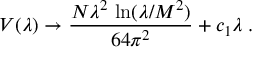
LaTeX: V ( \lambda ) \rightarrow \frac { N \lambda ^ { 2 } \, \ln ( \lambda / M ^ { 2 } ) } { 6 4 \pi ^ { 2 } } + c _ { 1 } \lambda \; .